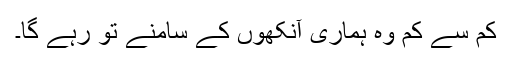
کم سے کم وہ ہماری آنکھوں کے سامنے تو رہے گا۔